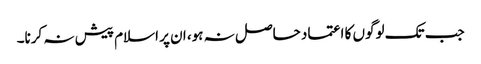
جب تک لوگوں کا اعتماد حاصل نہ ہو، ان پر اسلام پیش نہ کرنا۔